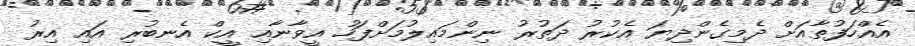
އެއްހަފުތާއަށް ދެމިގެންދިޔަ އެކުރު ދަތުރު ނިންމައިލުމަށްފަހު އީވާނާއި އީކް އެނބުރި އައި އިރު